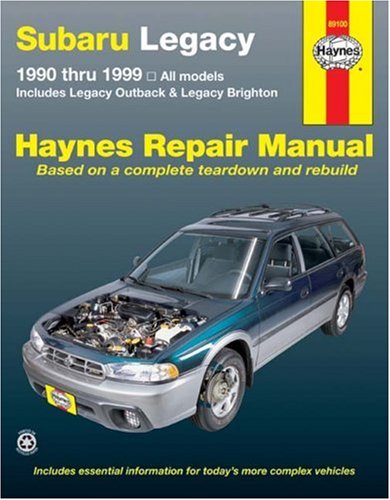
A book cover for Subaru Legacy '90 THRU '99 (Haynes Repair Manual); Ken Freund; Engineering & Transportation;